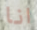
انا